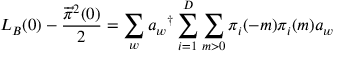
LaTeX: L _ { B } ( 0 ) - \frac { { \overrightarrow { \pi } } ^ { 2 } ( 0 ) } { 2 } = \sum _ { w } a _ { w } { } ^ { \dag } \sum _ { i = 1 } ^ { D } \sum _ { m > 0 } \pi _ { i } ( - m ) \pi _ { i } ( m ) a _ { w }